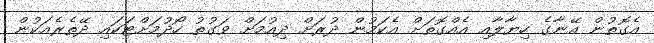
އެގޮތުން އޭނާގެ ހިޔާލާއި އެއްގޮތަށް އެކަމުން ދުރަށް ދިއުމަށް ވަގުތު ހޯދުމަށްޓަކައި ދޭތެރެއަކުން